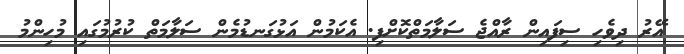
އޭރު ދިވެހި ސިފައިން ރާއްޖެ ސަލާމަތްކޮށްފި. އެކަމުން އަޅުގަނޑުމެން ސަލާމަތް ކުރުމުގައި މުހިންމު